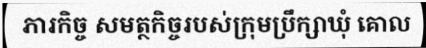
ភារកិច្ច សមត្ថកិច្ចរបស់ក្រុមប្រឹក្សាឃុំ គោល